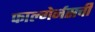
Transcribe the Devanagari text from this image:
फाल्गेर्नसची